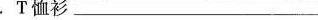
2.T恤衫___